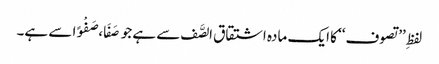
لفظِ ’’تصوف‘‘ کا ایک مادہ اشتقاق الصَّف سے ہے جو صَفَا، صَفْوًا سے ہے۔